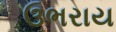
ઉભરાય